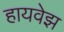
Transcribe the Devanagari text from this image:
हायवेझ